Vaccination in the Punjab 1867-1880 - 1867-1880
Year: 1867
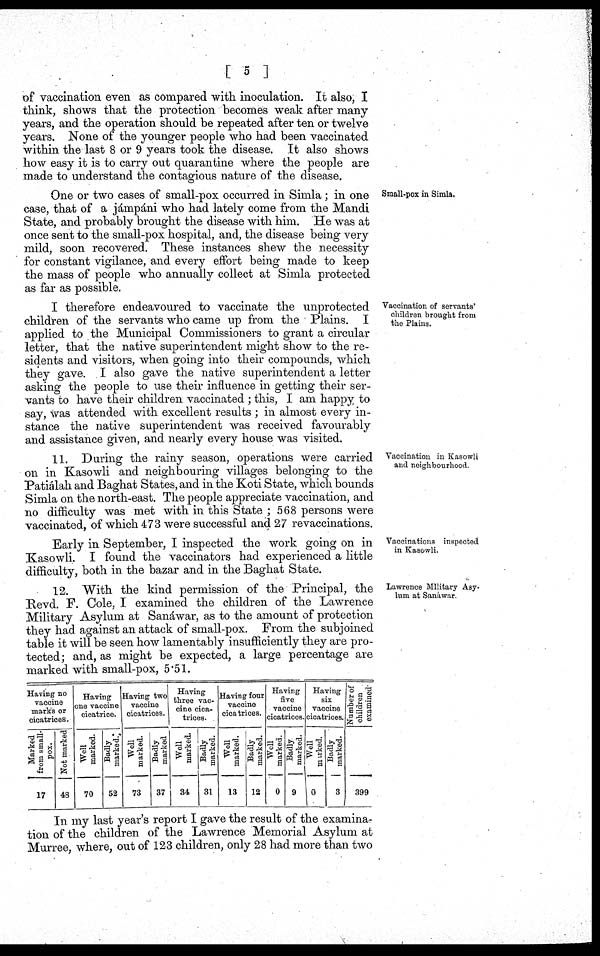
[ 5 ]
of vaccination even as compared with inoculation. It also, I
think, shows that the protection becomes weak after many
years, and the operation should be repeated after ten or twelve
years. None of the younger people who had been vaccinated
within the last 8 or 9 years took the disease. It also shows
how easy it is to carry out quarantine where the people are
made to understand the contagious nature of the disease.
Small-pox in Simla.
One or two cases of small-pox occurred in Simla; in one
case, that of a jánrpáni who had lately come from the Mandi
State, and probably brought the disease with him. He was at
once sent to the small-pox hospital, and, the disease being very
mild, soon recovered. These instances shew the necessity
for constant vigilance, and every effort being made to keep
the mass of people who annually collect at Simla protected
as far as possible.
Vaccination of servants'
children brought from
the Plains.
I therefore endeavoured to vaccinate the unprotected
children of the servants who came up from the Plains. I
applied to the Municipal Commissioners to grant a circular
letter, that the native superintendent might show to the re-
sidents and visitors, when going into their compounds, which
they gave. I also gave the native superintendent a letter
asking the people to use their influence in getting their ser-
vants to have their children vaccinated ; this, I am happy to
say, was attended with excellent results ; in almost every in-
stance the native superintendent was received favourably
and assistance given, and nearly every house was visited.
Vaccination in Kasowli
and neighbourhood.
11. During the rainy season, operations were carried
on in Kasowli and neighbouring villages belonging to the
Patiálah and Baghat States, and in the Koti State, which bounds
Simla on the north-east. The people appreciate vaccination, and
no difficulty was met with in this State ; 568 persons were
vaccinated, of which 473 were successful and 27 revaccinations.
Vaccinations inspected
in Kasowli.
Early in September, I inspected the work going on in
Kasowli. I found the vaccinators had experienced a little
difficulty, both in the bazar and in the Baghat State.
Lawrence Military Asy-
lum at Sanáwar.
12. "With the kind permission of the Principal, the
Revd. F. Cole, I examined the children of the Lawrence
Military Asylum at Sanáwar, as to the amount of protection
they had against an attack of small-pox. From the subjoined
table it will be seen how lamentably insufficiently they are pro-
tected; and, as might be expected, a large percentage are
marked with small-pox, 5.51.
Having no
vaccine
marks or
cicatrices.
Marked
from small-
pox.
17
Not marked
48
Having
one vaccine
cicatrice.
Well
marked.
70
Badly
marked
52
Having two
vaccine
cicatrices.
Well
marked.
73
Badly
marked
37
Having
three vac-
cine cica-
trices.
Well
marked.
34
Badly
marked.
31
Having four
vaccine
cicatrices.
Well
marked.
13
Badly
marked.
12
Having
five
vaccine
cicatrices.
Well
marked.
0
Badly
marked.
9
Having
six
vaccine
cicatrices.
Well
marked.
0
Badly
marked.
3
Number of
children
examined.
399
In my last year's report I gave the result of the examina-
tion of the children of the Lawrence Memorial Asylum at
Murree, where, out of 123 children, only 28 had more than two